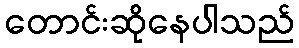
တောင်းဆိုနေပါသည်